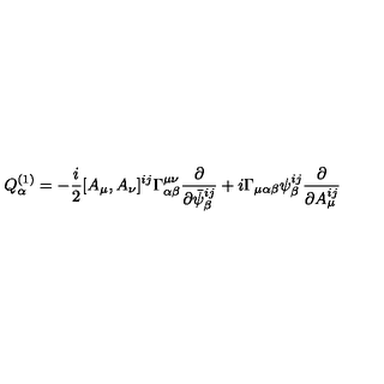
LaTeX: Q _ { \alpha } ^ { ( 1 ) } = - \frac { i } { 2 } [ A _ { \mu } , A _ { \nu } ] ^ { i j } \Gamma _ { \alpha \beta } ^ { \mu \nu } \frac { \partial } { \partial \bar { \psi } _ { \beta } ^ { i j } } + i \Gamma _ { \mu \alpha \beta } \psi _ { \beta } ^ { i j } \frac { \partial } { \partial A _ { \mu } ^ { i j } }